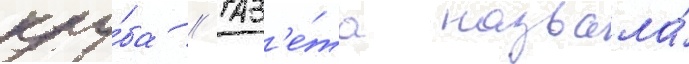
клу́ба // Газ'е́та назвала́